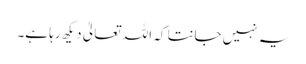
یہ نہیں جانتا کہ اللہ تعالیٰ دیکھ رہا ہے۔